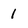
Character: 1